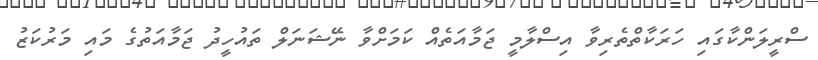
ސްރީލަންކާގައި ހަރަކާތްތެރިވާ އިސްލާމީ ޖަމާއަތެއް ކަމަށްވާ ނޭޝަނަލް ތައުހީދު ޖަމާއަތުގެ މައި މަރުކަޒު